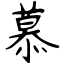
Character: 慕